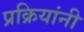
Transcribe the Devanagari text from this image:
प्रक्रियांनी